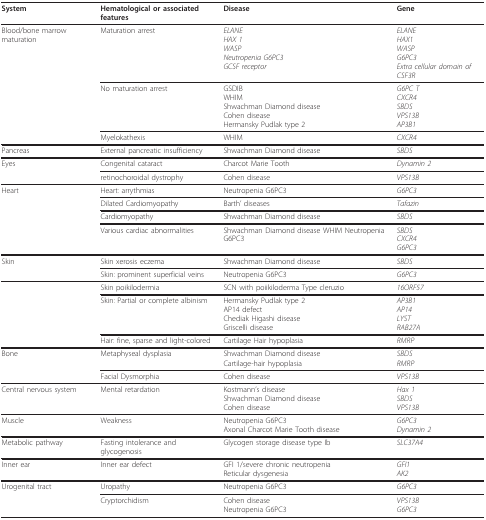
| System | Hematological or associated features | Disease | Gene |
 | --- | --- | --- | --- |
 | Blood/bone marrow maturation | Maturation arrest | ELANEHAX 1WASPNeutropenia G6PC3GCSF receptor | ELANEHAX1WASPG6PC3Extra cellular domain of CSF3R |
 |  | No maturation arrest | GSDIBWHIMShwachman Diamond diseaseCohen diseaseHermansky Pudlak type 2 | G6PC TCXCR4SBDSVPS13BAP3B1 |
 |  | Myelokathexis | WHIM | CXCR4 |
 | Pancreas | External pancreatic insufficiency | Shwachman Diamond disease | SBDS |
 | Eyes | Congenital cataract | Charcot Marie Tooth | Dynamin 2 |
 |  | retinochoroidal dystrophy | Cohen disease | VPS13B |
 | Heart | Heart: arrythmias | Neutropenia G6PC3 | G6PC3 |
 |  | Dilated Cardiomyopathy | Barth' diseases | Tafazin |
 |  | Cardiomyopathy | Shwachman Diamond disease | SBDS |
 |  | Various cardiac abnormalities | Shwachman Diamond disease WHIM Neutropenia G6PC3 | SBDSCXCR4G6PC3 |
 | Skin | Skin xerosis eczema | Shwachman Diamond disease | SBDS |
 |  | Skin: prominent superficial veins | Neutropenia G6PC3 | G6PC3 |
 |  | Skin poikilodermia | SCN with poiikiloderma Type cleruzio | 16ORF57 |
 |  | Skin: Partial or complete albinism | Hermansky Pudlak type 2AP14 defectChediak Higashi diseaseGriscelli disease | AP3B1AP14LYSTRAB27A |
 |  | Hair: fine, sparse and light-colored | Cartilage Hair hypoplasia | RMRP |
 | Bone | Metaphyseal dysplasia | Shwachman Diamond diseaseCartilage-hair hypoplasia | SBDSRMRP |
 |  | Facial Dysmorphia | Cohen disease | VPS13B |
 | Central nervous system | Mental retardation | Kostmann's diseaseShwachman Diamond diseaseCohen disease | Hax 1SBDSVPS13B |
 | Muscle | Weakness | Neutropenia G6PC3Axonal Charcot Marie Tooth disease | G6PC3Dynamin 2 |
 | Metabolic pathway | Fasting intolerance and glycogenosis | Glycogen storage disease type Ib | SLC37A4 |
 | Inner ear | Inner ear defect | GFI 1/severe chronic neutropeniaReticular dysgenesia | GFI1AK2 |
 | Urogenital tract | Uropathy | Neutropenia G6PC3 | G6PC3 |
 |  | Cryptorchidism | Cohen diseaseNeutropenia G6PC3 | VPS13BG6PC3 |